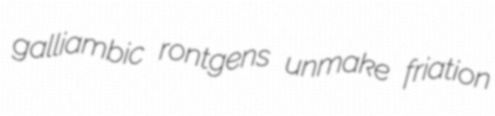
galliambic rontgens unmake friation